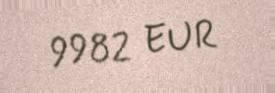
9982 EUR